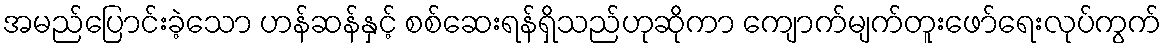
အမည်ပြောင်းခဲ့သော ဟန်ဆန်နှင့် စစ်ဆေးရန်ရှိသည်ဟုဆိုကာ ကျောက်မျက်တူးဖော်ရေးလုပ်ကွက်